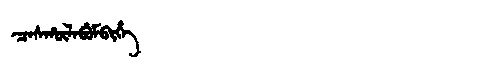
Manchu: ᠴᠠᠰᡥᡡᠯᠠᠪᡠᠮᠪᡳᡥᡝ
Romanization: CASHŪLABUMBIHE